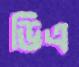
ডিএ